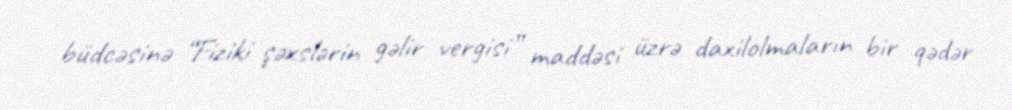
büdcəsinə “Fiziki şəxslərin gəlir vergisi” maddəsi üzrə daxilolmaların bir qədər